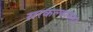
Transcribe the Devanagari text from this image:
सरकल्यानंतर